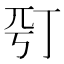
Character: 𠀩